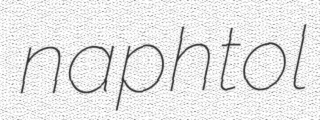
naphtol